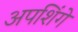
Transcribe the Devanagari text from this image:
अपशिंगे